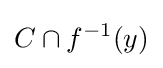
C\cap f^{-1}(y)